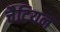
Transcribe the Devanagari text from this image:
चैटियन